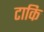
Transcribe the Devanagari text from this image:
टाकि